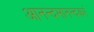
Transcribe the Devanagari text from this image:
आनन्दमानन्दकरं